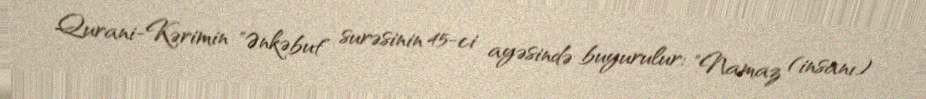
Qurani-Kərimin "Ənkəbut" surəsinin 45-ci ayəsində buyurulur: "Namaz (insanı)